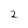
Character: 2